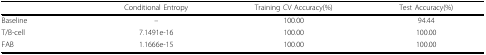
<table><thead><tr><td></td><td><b>Conditional Entropy</b></td><td><b>Training CV Accuracy(%)</b></td><td><b>Test Accuracy(%)</b></td></tr></thead><tbody><tr><td>Baseline</td><td>–</td><td>100.00</td><td>94.44</td></tr><tr><td>T/B-cell</td><td>7.1491e-16</td><td>100.00</td><td>100.00</td></tr><tr><td>FAB</td><td>1.1666e-15</td><td>100.00</td><td>100.00</td></tr></tbody></table>